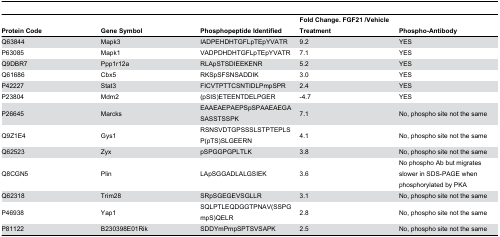
| Protein Code | Gene Symbol | Phosphopeptide Identified | Fold Change. FGF21 /Vehicle Treatment | Phospho-Antibody |
 | --- | --- | --- | --- | --- |
 | Q63844 | Mapk3 | IADPEHDHTGFLpTEpYVATR | 9.2 | YES |
 | P63085 | Mapk1 | VADPDHDHTGFLpTEpYVATR | 7.1 | YES |
 | Q9DBR7 | Ppp1r12a | RLApSTSDIEEKENR | 5.2 | YES |
 | Q61686 | Cbx5 | RKSpSFSNSADDIK | 3.0 | YES |
 | P42227 | Stat3 | FICVTPTTCSNTIDLPmpSPR | 2.4 | YES |
 | P23804 | Mdm2 | (pSIS)ETEENTDELPGER | -4.7 | YES |
 | P26645 | Marcks | EAAEAEPAEPSpSPAAEAEGASASSTSSPK | 7.1 | No, phospho site not the same |
 | Q9Z1E4 | Gys1 | RSNSVDTGPSSSLSTPTEPLSP(pTS)SLGEERN | 4.1 | No, phospho site not the same |
 | Q62523 | Zyx | pSPGGPGPLTLK | 3.8 | No, phospho site not the same |
 | Q8CGN5 | Plin | LApSGGADLALGSIEK | 3.6 | No phospho Ab but migrates slower in SDS-PAGE when phosphorylated by PKA |
 | Q62318 | Trim28 | SRpSGEGEVSGLLR | 3.1 | No, phospho site not the same |
 | P46938 | Yap1 | SQLPTLEQDGGTPNAV(SSPGmpS)QELR | 2.8 | No, phospho site not the same |
 | P81122 | B230398E01Rik | SDDYmPmpSPTSVSAPK | 2.5 | No, phospho site not the same |